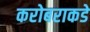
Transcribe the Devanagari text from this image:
करोबराकडे